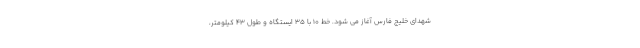
شهدای خلیج فارس آغاز می شود. خط ۱۰ با ۳۵ ایستگاه و طول ۴۳ کیلومتر،